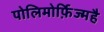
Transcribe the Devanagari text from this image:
पोलिमोर्फ़िज्महै